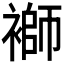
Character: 𧜂